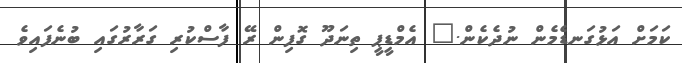
ކަމަށް އަޅުގަނޑެމެން ނުދެކެން." އެމްޑީޕީ ތިނަދޫ ގޮފިން ރޭ ފާސްކުރި ގަރާރުގައި ބުނެފައިވެ